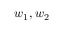
w _ { 1 } , w _ { 2 }